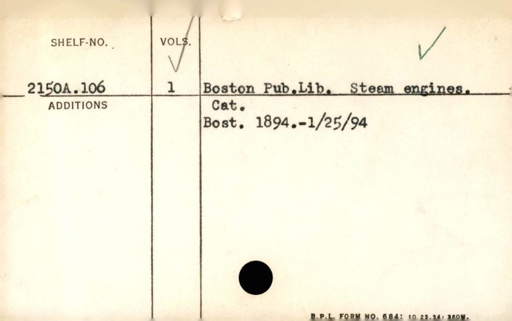
Label: content